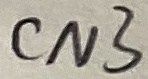
Text: CN3